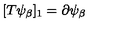
[ T \psi _ { \beta } ] _ { 1 } = \partial \psi _ { \beta }